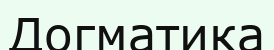
Догматика